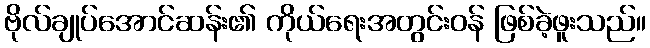
ဗိုလ်ချုပ်အောင်ဆန်း၏ ကိုယ်ရေးအတွင်းဝန် ဖြစ်ခဲ့ဖူးသည်။